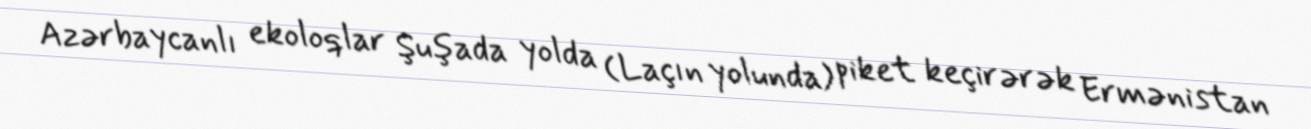
Azərbaycanlı ekoloqlar Şuşada yolda (Laçın yolunda) piket keçirərək Ermənistan